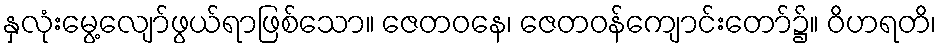
နှလုံးမွေ့လျော်ဖွယ်ရာဖြစ်သော။ ဇေတဝနေ၊ ဇေတဝန်ကျောင်းတော်၌။ ဝိဟရတိ၊